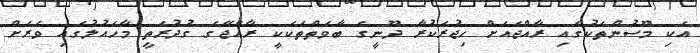
އެކި މޫސުންތަކުގައި ރާއްޖެއަށް ހިޖުރަކުރާ ދޫނީގެ ބާވަތްތަކަކީ ރާއްޖޭގެ ގުދުރަތީ މާހައުލުގައި ވަރަށް